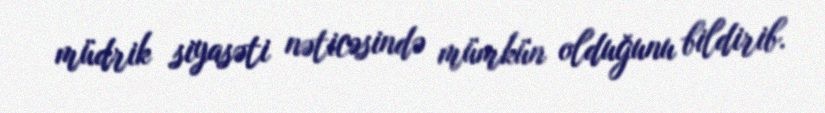
müdrik siyasəti nəticəsində mümkün olduğunu bildirib.